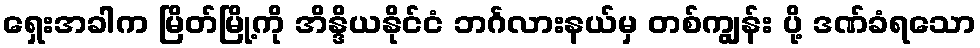
ရှေးအခါက မြိတ်မြို့ကို အိန္ဒိယနိုင်ငံ ဘင်္ဂလားနယ်မှ တစ်ကျွန်း ပို့ ဒဏ်ခံရသော